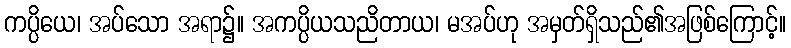
ကပ္ပိယေ၊ အပ်သော အရာ၌။ အကပ္ပိယသညိတာယ၊ မအပ်ဟု အမှတ်ရှိသည်၏အဖြစ်ကြောင့်။